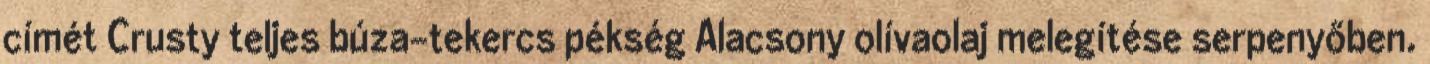
címét Crusty teljes búza-tekercs pékség Alacsony olívaolaj melegítése serpenyőben.